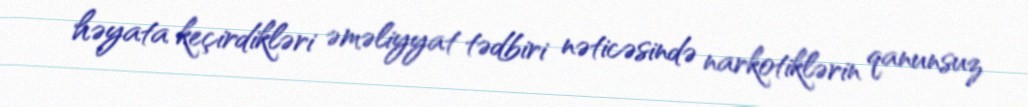
həyata keçirdikləri əməliyyat tədbiri nəticəsində narkotiklərin qanunsuz